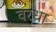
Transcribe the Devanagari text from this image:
वरधा